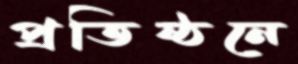
প্রতিষ্ঠনে